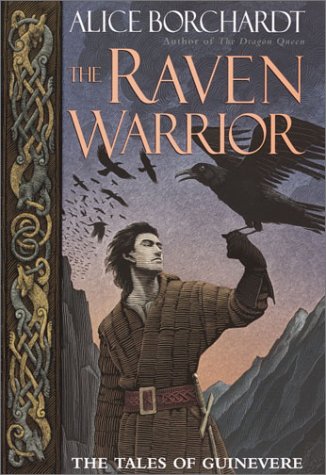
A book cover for The Raven Warrior (Tales of Guinevere); Alice Borchardt; Science Fiction & Fantasy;